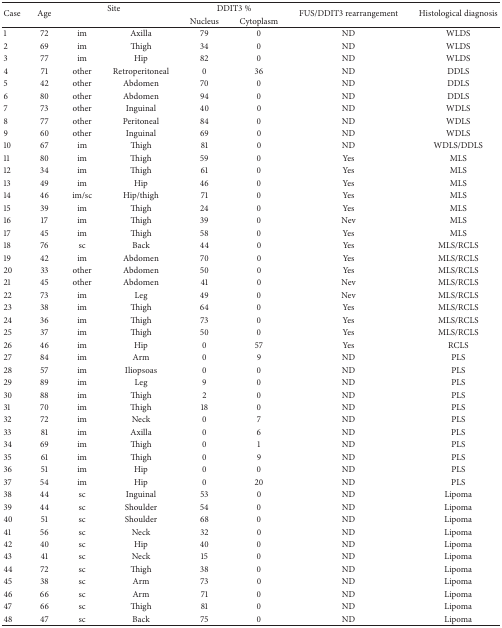
<table><thead><tr><td rowspan="2"><b>Case</b></td><td rowspan="2"><b>Age</b></td><td colspan="2"><b>Site</b></td><td colspan="2"><b>DDIT3 %</b></td><td rowspan="2"><b>FUS/DDIT3 rearrangement</b></td><td rowspan="2"><b>Histological diagnosis</b></td></tr><tr><td>[EMPTY_CELL]</td><td>[EMPTY_CELL]</td><td><b>Nucleus</b></td><td><b>Cytoplasm</b></td></tr></thead><tbody><tr><td>1</td><td>72 </td><td>im</td><td>Axilla</td><td>79</td><td>0</td><td>ND</td><td>WLDS</td></tr><tr><td>2</td><td>69 </td><td>im</td><td>Thigh</td><td>34</td><td>0</td><td>ND</td><td>WLDS</td></tr><tr><td>3</td><td>77 </td><td>im</td><td>Hip</td><td>82</td><td>0</td><td>ND</td><td>WLDS</td></tr><tr><td>4</td><td>71 </td><td>other</td><td>Retroperitoneal</td><td>0</td><td>36</td><td>ND</td><td>DDLS</td></tr><tr><td>5</td><td>42 </td><td>other</td><td>Abdomen</td><td>70</td><td>0</td><td>ND</td><td>DDLS</td></tr><tr><td>6</td><td>80 </td><td>other</td><td>Abdomen</td><td>94</td><td>0</td><td>ND</td><td>DDLS</td></tr><tr><td>7</td><td>73 </td><td>other</td><td>Inguinal</td><td>40</td><td>0</td><td>ND</td><td>WDLS</td></tr><tr><td>8</td><td>77 </td><td>other</td><td>Peritoneal</td><td>84</td><td>0</td><td>ND</td><td>WDLS</td></tr><tr><td>9</td><td>60 </td><td>other</td><td>Inguinal</td><td>69</td><td>0</td><td>ND</td><td>WDLS</td></tr><tr><td>10</td><td>67 </td><td>im</td><td>Thigh</td><td>81</td><td>0</td><td>ND</td><td>WDLS/DDLS</td></tr><tr><td>11</td><td>80 </td><td>im</td><td>Thigh</td><td>59</td><td>0</td><td>Yes</td><td>MLS</td></tr><tr><td>12</td><td>34 </td><td>im</td><td>Thigh</td><td>61</td><td>0</td><td>Yes</td><td>MLS</td></tr><tr><td>13</td><td>49 </td><td>im</td><td>Hip</td><td>46</td><td>0</td><td>Yes</td><td>MLS</td></tr><tr><td>14</td><td>46 </td><td>im/sc</td><td>Hip/thigh</td><td>71</td><td>0</td><td>Yes</td><td>MLS</td></tr><tr><td>15</td><td>39 </td><td>im</td><td>Thigh</td><td>24</td><td>0</td><td>Yes</td><td>MLS</td></tr><tr><td>16</td><td>17 </td><td>im</td><td>Thigh</td><td>39</td><td>0</td><td>Nev</td><td>MLS</td></tr><tr><td>17</td><td>45 </td><td>im</td><td>Thigh</td><td>58</td><td>0</td><td>Yes</td><td>MLS</td></tr><tr><td>18</td><td>76 </td><td>sc</td><td>Back</td><td>44</td><td>0</td><td>Yes</td><td>MLS/RCLS</td></tr><tr><td>19</td><td>42 </td><td>im</td><td>Abdomen</td><td>70</td><td>0</td><td>Yes</td><td>MLS/RCLS</td></tr><tr><td>20</td><td>33 </td><td>other</td><td>Abdomen</td><td>50</td><td>0</td><td>Yes</td><td>MLS/RCLS</td></tr><tr><td>21</td><td>45 </td><td>other</td><td>Abdomen</td><td>41</td><td>0</td><td>Nev</td><td>MLS/RCLS</td></tr><tr><td>22</td><td>73 </td><td>im</td><td>Leg</td><td>49</td><td>0</td><td>Nev</td><td>MLS/RCLS</td></tr><tr><td>23</td><td>38 </td><td>im</td><td>Thigh</td><td>64</td><td>0</td><td>Yes</td><td>MLS/RCLS</td></tr><tr><td>24</td><td>36 </td><td>im</td><td>Thigh</td><td>73</td><td>0</td><td>Yes</td><td>MLS/RCLS</td></tr><tr><td>25</td><td>37 </td><td>im</td><td>Thigh</td><td>50</td><td>0</td><td>Yes</td><td>MLS/RCLS</td></tr><tr><td>26</td><td>46 </td><td>im</td><td>Hip</td><td>0</td><td>57</td><td>Yes</td><td>RCLS</td></tr><tr><td>27</td><td>84 </td><td>im</td><td>Arm</td><td>0</td><td>9</td><td>ND</td><td>PLS</td></tr><tr><td>28</td><td>57 </td><td>im</td><td>Iliopsoas</td><td>0</td><td>0</td><td>ND</td><td>PLS</td></tr><tr><td>29</td><td>89 </td><td>im</td><td>Leg</td><td>9</td><td>0</td><td>ND</td><td>PLS</td></tr><tr><td>30</td><td>88</td><td>im</td><td>Thigh</td><td>2</td><td>0</td><td>ND</td><td>PLS</td></tr><tr><td>31</td><td>70 </td><td>im</td><td>Thigh</td><td>18</td><td>0</td><td>ND</td><td>PLS</td></tr><tr><td>32</td><td>72 </td><td>im</td><td>Neck</td><td>0</td><td>7</td><td>ND</td><td>PLS</td></tr><tr><td>33</td><td>81 </td><td>im</td><td>Axilla</td><td>0</td><td>6</td><td>ND</td><td>PLS</td></tr><tr><td>34</td><td>69 </td><td>im</td><td>Thigh</td><td>0</td><td>1</td><td>ND</td><td>PLS</td></tr><tr><td>35</td><td>61 </td><td>im</td><td>Thigh</td><td>0</td><td>9</td><td>ND</td><td>PLS</td></tr><tr><td>36</td><td>51 </td><td>im</td><td>Hip</td><td>0</td><td>0</td><td>ND</td><td>PLS</td></tr><tr><td>37</td><td>54 </td><td>im</td><td>Hip</td><td>0</td><td>20</td><td>ND</td><td>PLS</td></tr><tr><td>38</td><td>44 </td><td>sc</td><td>Inguinal</td><td>53</td><td>0</td><td>ND</td><td>Lipoma</td></tr><tr><td>39</td><td>44 </td><td>sc</td><td>Shoulder</td><td>54</td><td>0</td><td>ND</td><td>Lipoma</td></tr><tr><td>40</td><td>51 </td><td>sc</td><td>Shoulder</td><td>68</td><td>0</td><td>ND</td><td>Lipoma</td></tr><tr><td>41</td><td>56 </td><td>sc</td><td>Neck</td><td>32</td><td>0</td><td>ND</td><td>Lipoma</td></tr><tr><td>42</td><td>40 </td><td>sc</td><td>Hip</td><td>40</td><td>0</td><td>ND</td><td>Lipoma</td></tr><tr><td>43</td><td>41 </td><td>sc</td><td>Neck</td><td>15</td><td>0</td><td>ND</td><td>Lipoma</td></tr><tr><td>44</td><td>72 </td><td>sc</td><td>Thigh</td><td>38</td><td>0</td><td>ND</td><td>Lipoma</td></tr><tr><td>45</td><td>38 </td><td>sc</td><td>Arm</td><td>73</td><td>0</td><td>ND</td><td>Lipoma</td></tr><tr><td>46</td><td>66 </td><td>sc</td><td>Arm</td><td>71</td><td>0</td><td>ND</td><td>Lipoma</td></tr><tr><td>47</td><td>66 </td><td>sc</td><td>Thigh</td><td>81</td><td>0</td><td>ND</td><td>Lipoma</td></tr><tr><td>48</td><td>47 </td><td>sc</td><td>Back</td><td>75</td><td>0</td><td>ND</td><td>Lipoma</td></tr></tbody></table>